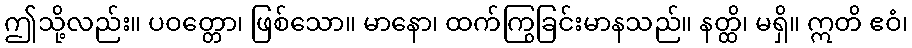
ဤသို့လည်း။ ပဝတ္တော၊ ဖြစ်သော။ မာနော၊ ထက်ကြွခြင်းမာနသည်။ နတ္ထိ၊ မရှိ။ ဣတိ ဧဝံ၊